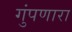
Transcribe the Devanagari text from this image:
गुंपणारा